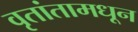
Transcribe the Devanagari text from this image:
वृतांतामधून